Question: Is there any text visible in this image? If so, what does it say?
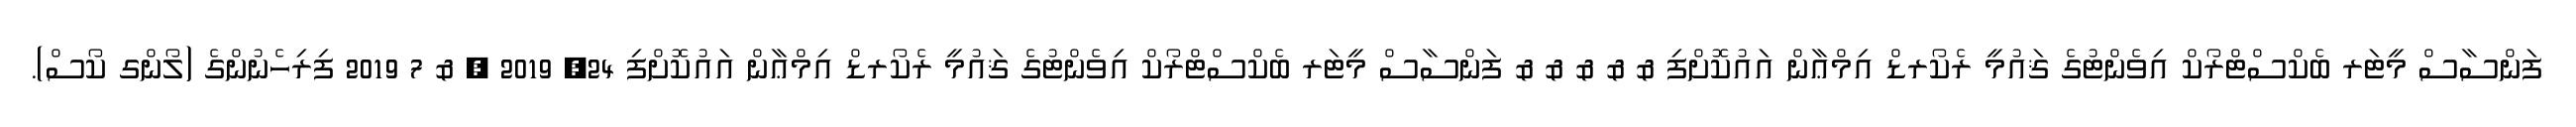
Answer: ފަންސާސް މީޓަރ ބެކްސްޓްރޯކް އިވެންޓުގެ ޤައުމީ ރެކޯރޑް އިމްޢާން އައުކޮށްފި & & & & & ފަންސާސް މީޓަރ ބެކްސްޓްރޯކް އިވެންޓުގެ ޤައުމީ ރެކޯރޑް އިމްޢާން އައުކޮށްފި 24, 2019 , & 7 2019 ފިރިހެނުންގެ (ލޯންގ ކޯސް).